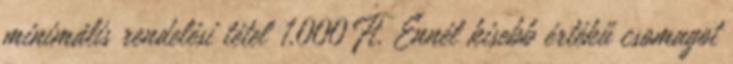
minimális rendelési tétel 1.000 Ft. Ennél kisebb értékű csomagot